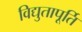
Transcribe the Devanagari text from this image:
विद्युतापूर्ति